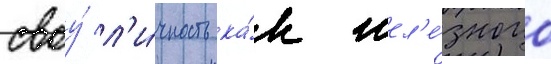
своу́ л'и́чность ка́к жел'е́зного